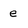
Character: e